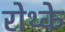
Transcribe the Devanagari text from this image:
रोथ्के